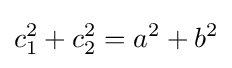
c_{1}^{2}+c_{2}^{2}=a^{2}+b^{2}